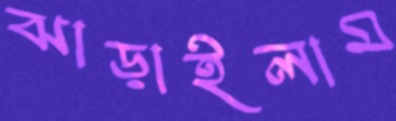
ঝাড়াইলাম